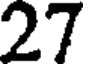
27